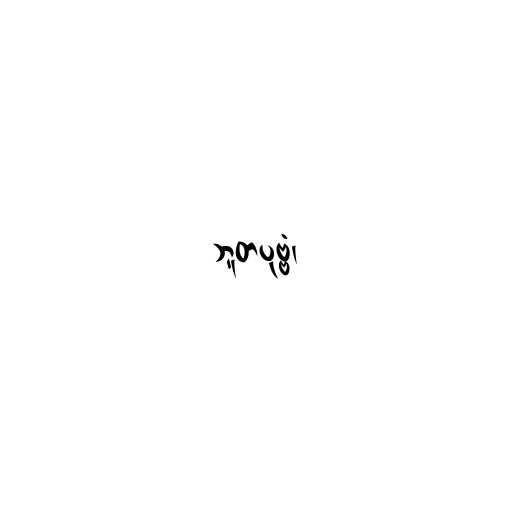
ဘူတပုဗ္ဗံ၊